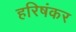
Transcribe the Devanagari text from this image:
हरिषंकर